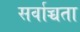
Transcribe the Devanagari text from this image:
सर्वाच्चता